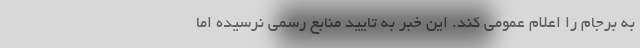
به برجام را اعلام عمومی کند. این خبر به تایید منابع رسمی نرسیده اما